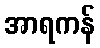
အာရကန်